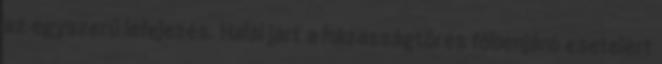
az egyszerű lefejezés. Halál járt a házasságtörés főbenjáró eseteiért